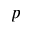
p